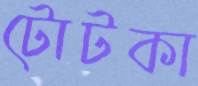
টোটকা